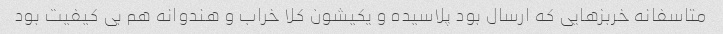
متاسفانه خربزهایی که ارسال بود پلاسیده و یکیشون کلا خراب و هندوانه هم بی کیفیت بود